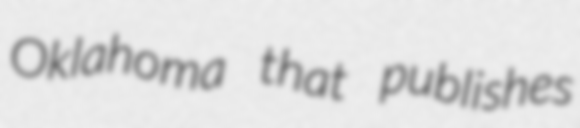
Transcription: Oklahoma that publishes